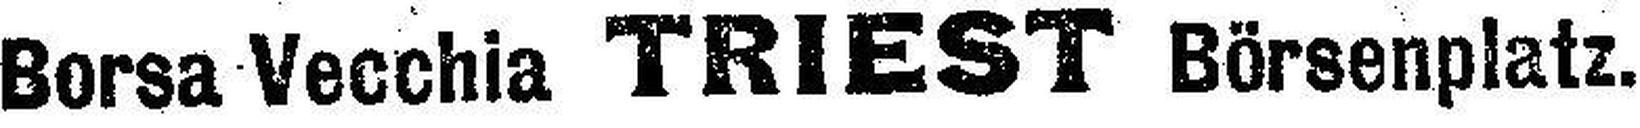
Borsa Vecchia TRIEST Börsenplatz.